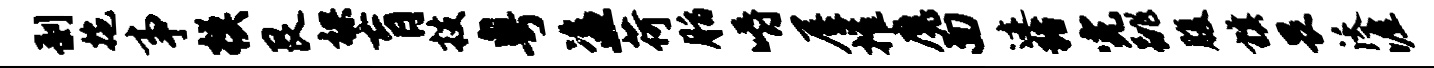
剥拖事模艮裸肓技粤盗荷脂嚼屋摧魔面迹猪完跳腹旗畏沃涯